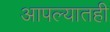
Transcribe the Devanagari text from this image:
आपल्यातही